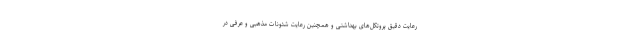
رعایت دقیق پروتکل‌های بهداشتی و همچنین رعایت شئونات مذهبی و عرفی در